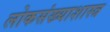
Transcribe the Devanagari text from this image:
लोकसंख्याशास्त्र